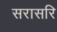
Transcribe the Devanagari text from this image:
सरासरि